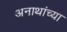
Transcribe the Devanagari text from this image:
अनाथांच्या